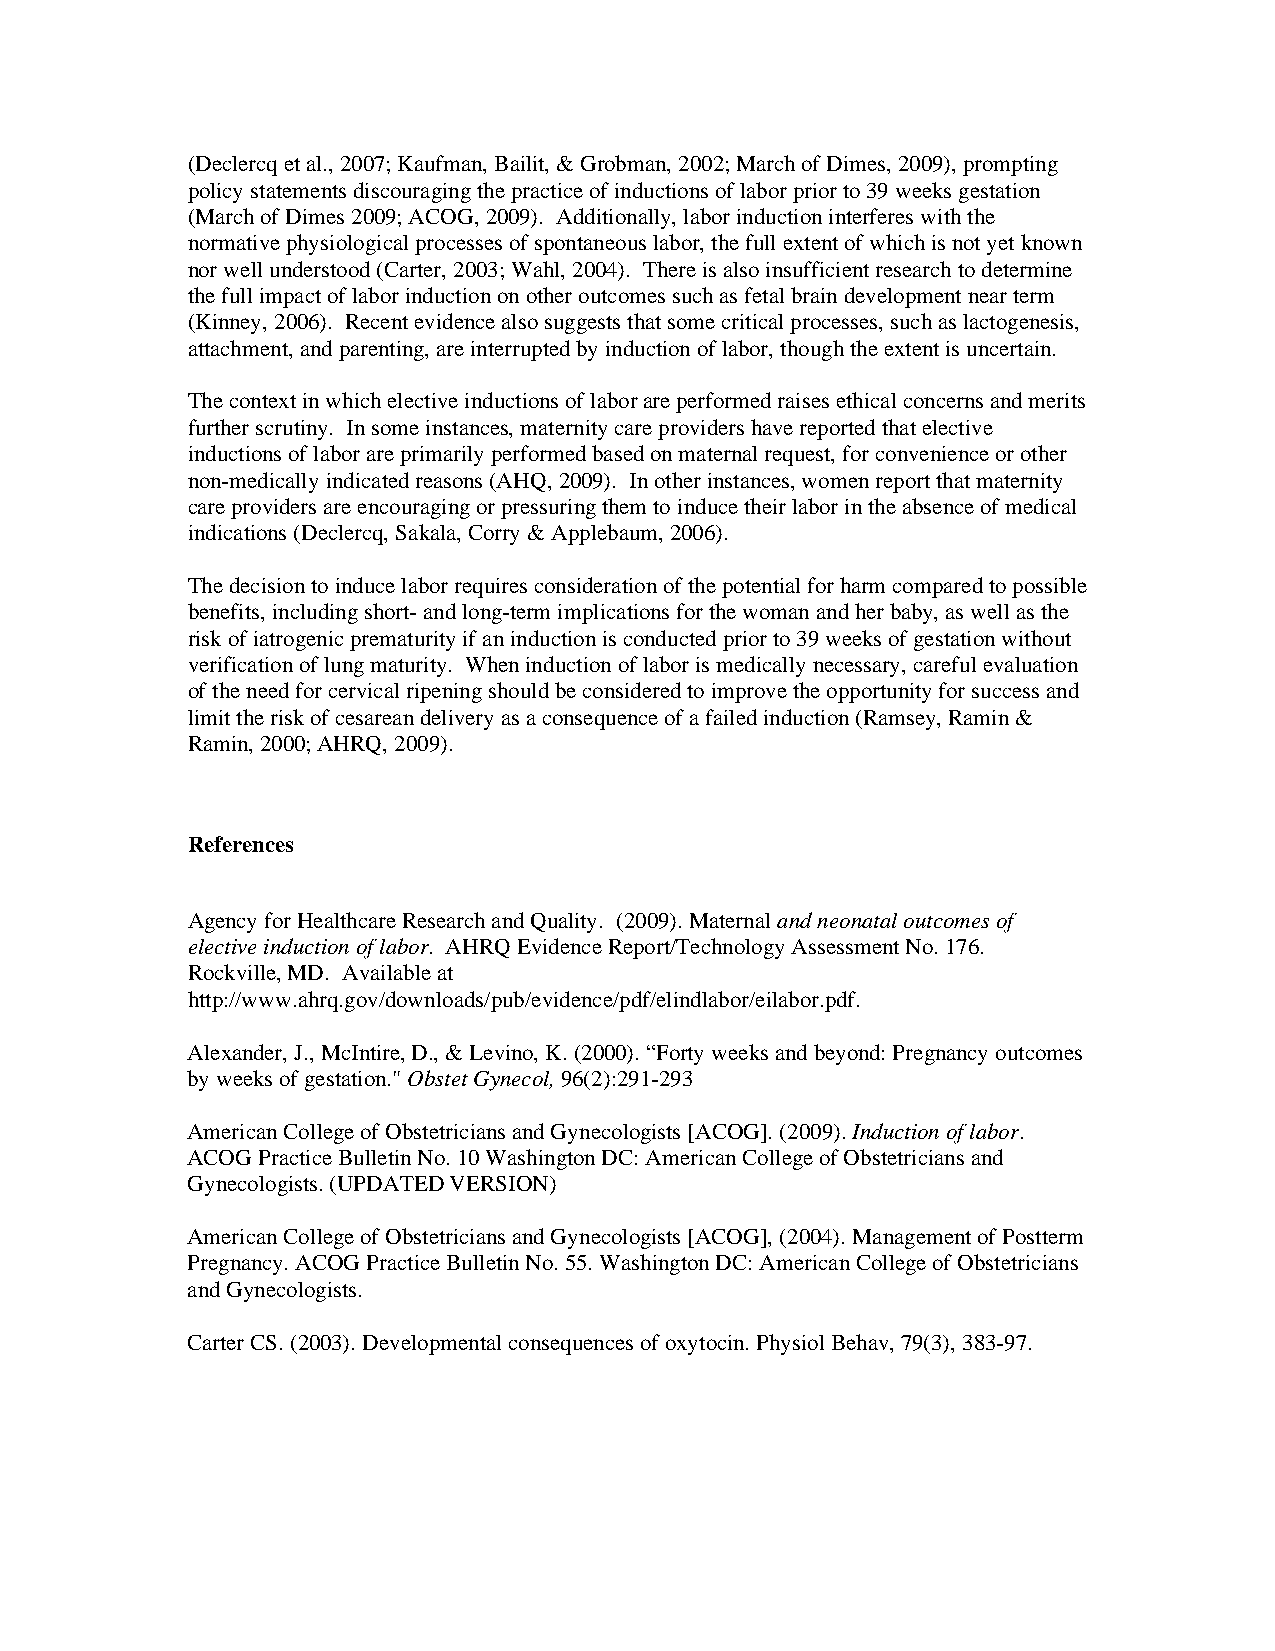
(Declercq et al., 2007; Kaufman, Bailit, & Grobman, 2002; March of Dimes, 2009), prompting
 policy statements discouraging the practice of inductions of labor prior to 39 weeks gestation
 (March of Dimes 2009; ACOG, 2009). Additionally, labor induction interferes with the
 normative physiological processes of spontaneous labor, the full extent of which is not yet known
 nor well understood (Carter, 2003; Wahl, 2004). There is also insufficient research to determine
 the full impact of labor induction on other outcomes such as fetal brain development near term
 (Kinney, 2006). Recent evidence also suggests that some critical processes, such as lactogenesis,
 attachment, and parenting, are interrupted by induction of labor, though the extent is uncertain.
 The context in which elective inductions of labor are performed raises ethical concerns and merits
 further scrutiny. In some instances, maternity care providers have reported that elective
 inductions of labor are primarily performed based on maternal request, for convenience or other
 non-medically indicated reasons (AHQ, 2009). In other instances, women report that maternity
 care providers are encouraging or pressuring them to induce their labor in the absence of medical
 indications (Declercq, Sakala, Corry & Applebaum, 2006).
 The decision to induce labor requires consideration of the potential for harm compared to possible
 benefits, including short- and long-term implications for the woman and her baby, as well as the
 risk of iatrogenic prematurity if an induction is conducted prior to 39 weeks of gestation without
 verification of lung maturity. When induction of labor is medically necessary, careful evaluation
 of the need for cervical ripening should be considered to improve the opportunity for success and
 limit the risk of cesarean delivery as a consequence of a failed induction (Ramsey, Ramin &
 Ramin, 2000; AHRQ, 2009).
 References
 Agency for Healthcare Research and Quality. (2009). Maternal and neonatal outcomes of
 elective induction of labor. AHRQ Evidence Report/Technology Assessment No. 176.
 Rockville, MD. Available at
 http://www.ahrq.gov/downloads/pub/evidence/pdf/elindlabor/eilabor.pdf.
 Alexander, J., McIntire, D., & Levino, K. (2000). “Forty weeks and beyond: Pregnancy outcomes
 by weeks of gestation." Obstet Gynecol, 96(2):291-293
 American College of Obstetricians and Gynecologists [ACOG]. (2009). Induction of labor.
 ACOG Practice Bulletin No. 10 Washington DC: American College of Obstetricians and
 Gynecologists. (UPDATED VERSION)
 American College of Obstetricians and Gynecologists [ACOG], (2004). Management of Postterm
 Pregnancy. ACOG Practice Bulletin No. 55. Washington DC: American College of Obstetricians
 and Gynecologists.
 Carter CS. (2003). Developmental consequences of oxytocin. Physiol Behav, 79(3), 383-97.